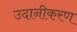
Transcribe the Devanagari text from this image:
उदानीकरण